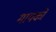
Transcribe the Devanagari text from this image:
मायको